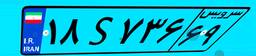
۷۲S۰۱۵۳۴